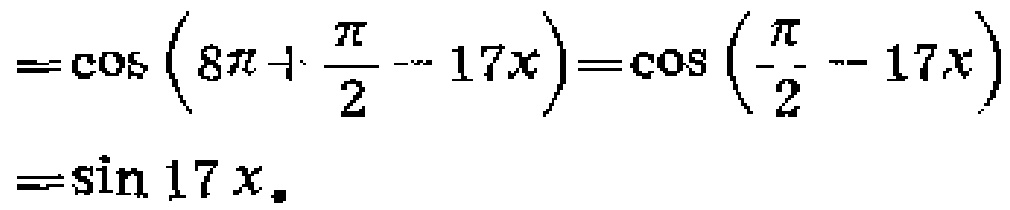
\[
=\cos\left(8\pi+\frac{\pi}{2}-17x\right)=\cos\left(\frac{\pi}{2}-17x\right)=\sin17x.
\]